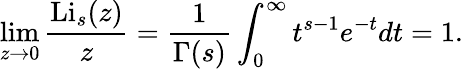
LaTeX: \operatorname*{lim}_{z\to 0}{\frac{\operatorname{Li}_{s}(z)}{z}}={\frac{1}{\Gamma(s)}}\int_{0}^{\infty}{t^{s-1}e^{-t}}dt=1.